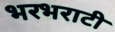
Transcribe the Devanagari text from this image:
भरभराटी